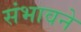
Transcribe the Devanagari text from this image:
संभावने